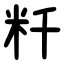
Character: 粁